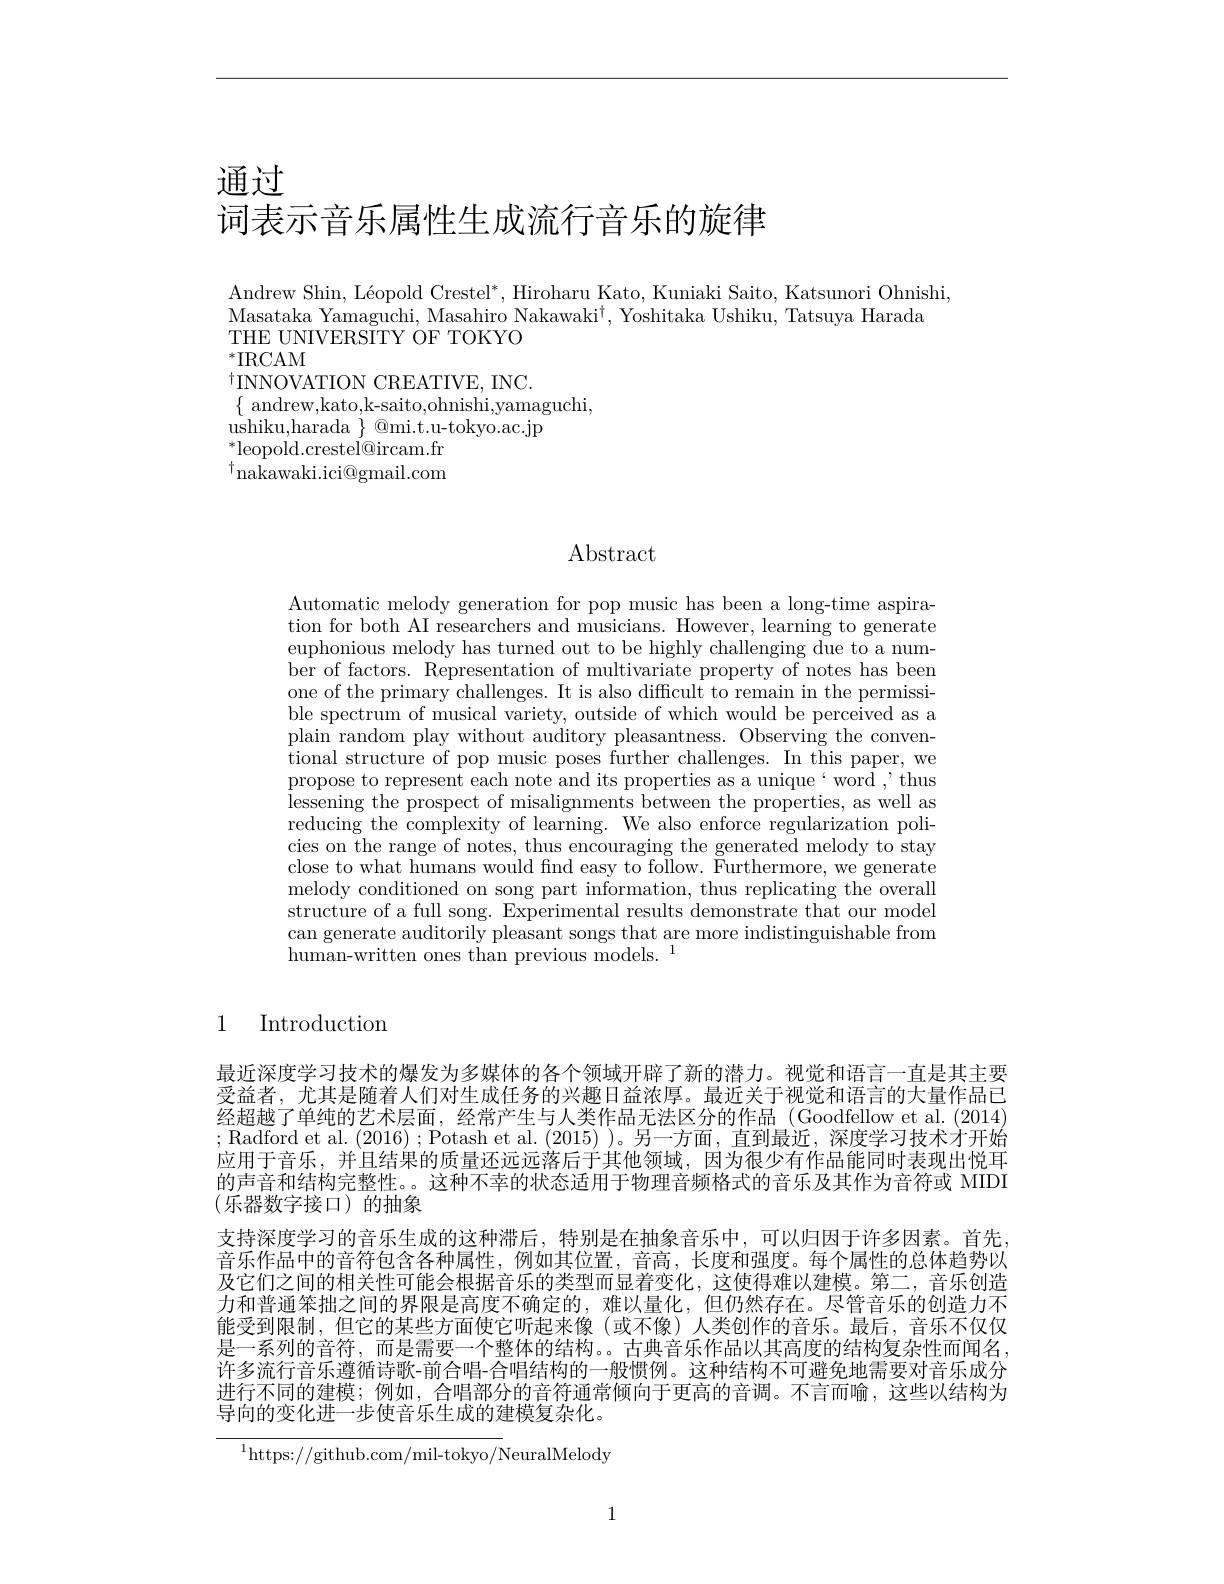
通过
词表示音乐属性生成流行音乐的旋律

Andrew Shin, Léopold Crestel$^*$, Hiroharu Kato, Kuniaki Saito, Katsunori Ohnishi,
Masataka Yamaguchi, Masahiro Nakawaki$^\dagger$, Yoshitaka Ushiku, Tatsuya Harada
THE UNIVERSITY OF TOKYO
$^*$IRCAM

$^{\dagger}$INNOVATION CREATIVE, INC.
$\{\begin{array}{cc}{\mathrm{andrew,kato,k-saito,ohnishi,yamaguchi,}}\\{\mathrm{andrew,kato,k-saito,ohnishi,yamaguchi,}}\end{array}$
ushiku,harada $\}$ @mi.t.u-tokyo.ac.jp
$^*$leopold.crestel@ircam.fr $^{\dagger}$nakawaki.ici@gmail.com

## $\operatorname{Abstract}$

Automatic melody generation for pop music has been a long-time aspiration for both AI researchers and musicians. However, learning to generate euphonious melody has turned out to be highly challenging due to a number of factors. Representation of multivariate property of notes has been one of the primary challenges. It is also difficult to remain in the permissible spectrum of musical variety, outside of which would be perceived as a plain random play without auditory pleasantness. Observing the conventional structure of pop music poses further challenges. In this paper, we propose to represent each note and its properties as a unique`word~,~thus lessening the prospect of misalignments between the properties, as well as reducing the complexity of learning. We also enforce regularization policies on the range of notes, thus encouraging the generated melody to stay close to what humans would find easy to follow. Furthermore, we generate melody conditioned on song part information, thus replicating the overall structure of a full song. Experimental results demonstrate that our model can generate auditorily pleasant songs that are more indistinguishable from human-written ones than previous models.$^1$

### 1 Introduction

最近深度学习技术的爆发为多媒体的各个领域开辟了新的潜力。视觉和语言一直是其主要受益者，尤其是随着人们对生成任务的兴趣日益浓厚。最近关于视觉和语言的大量作品已经超越了单纯的艺术层面，经常产生与人类作品无法区分的作品 (Goodfellow et al. (2014) ;Radford et al.(2016);Potash et al.(2015))。另一方面，直到最近，深度学习技术才开始应用于音乐，并且结果的质量还远远落后于其他领域，因为很少有作品能同时表现出悦耳的声音和结构完整性。。这种不幸的状态适用于物理音频格式的音乐及其作为音符或 MIDI (乐器数字接口)的抽象
支持深度学习的音乐生成的这种滞后，特别是在抽象音乐中，可以归因于许多因素。首先， 音乐作品中的音符包含各种属性，例如其位置，音高，长度和强度。每个属性的总体趋势以及它们之间的相关性可能会根据音乐的类型而显着变化，这使得难以建模。第二，音乐创造力和普通笨拙之间的界限是高度不确定的，难以量化，但仍然存在。尽管音乐的创造力不能受到限制，但它的某些方面使它听起来像(或不像)人类创作的音乐。最后，音乐不仅仅是一系列的音符，而是需要一个整体的结构。。古典音乐作品以其高度的结构复杂性而闻名， 许多流行音乐遵循诗歌-前合唱-合唱结构的一般惯例。这种结构不可避免地需要对音乐成分进行不同的建模；例如，合唱部分的音符通常倾向于更高的音调。不言而喻，这些以结构为导向的变化进一步使音乐生成的建模复杂化。

$^{1}$https://github.com/mil-tokyo/NeuralMelody

1